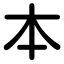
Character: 本